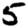
Digit: 5